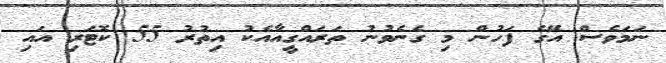
ނަމަވެސް އޭގެ ފަހުން މި ގެނެވުނު ތަރައްގީއާއެކު އިތުރު 55 ކޮޓަރި އައި